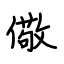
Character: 儆